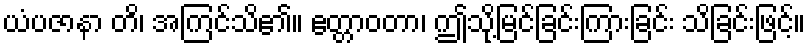
ယံပဇာနာ တိ၊ အကြင်သိ၏။ ဧတ္တာဝတာ၊ ဤသို့မြင်ခြင်းကြားခြင်း သိခြင်းဖြင့်။